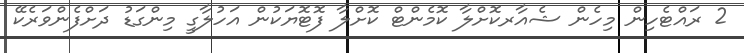
2 ރައްޓެހިން މިހެން ޝެއާރކޮށްލާ ކޮމެންޓް ކޮށްލާ ފޮޓޮޔަކުން އަހުލާގީ މިންގަޑު ދަށްފެންވަރެކޭ